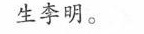
生李明。